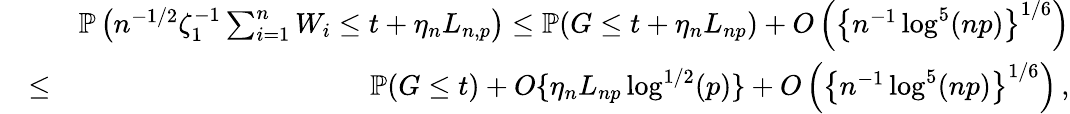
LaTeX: \begin{array}{rlr}&{}&{{\mathbb{P}}\left(n^{-1/2}\zeta_{1}^{-1}\sum_{i=1}^{n}W_{i}\leq t+\eta_{n}L_{n,p}\right)\leq{\mathbb{P}}(G\leq t+\eta_{n}L_{np})+O\left(\left\{ n^{-1}\log^{5}(np)\right\} ^{1/6}\right)}\\ &{\leq}&{{\mathbb{P}}(G\leq t)+O\{ \eta_{n}L_{np}\log^{1/2}(p)\} +O\left(\left\{ n^{-1}\log^{5}(np)\right\} ^{1/6}\right)\, ,}\end{array}